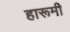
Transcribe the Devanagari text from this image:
हारूमी